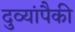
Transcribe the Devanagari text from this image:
दुव्यांपैकी